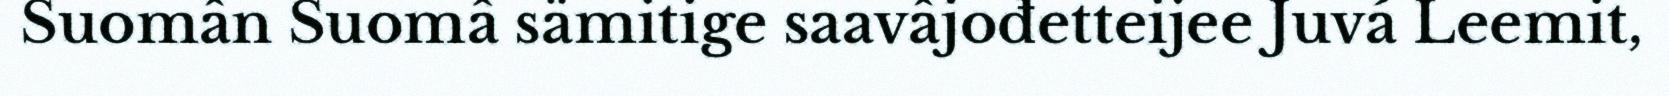
Suomân Suomâ sämitige saavâjođetteijee Juvá Leemit,